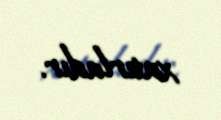
xatırladır.